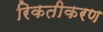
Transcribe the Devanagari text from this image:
रिकतीकरण